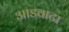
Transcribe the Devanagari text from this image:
आडवाटा